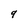
Character: 9